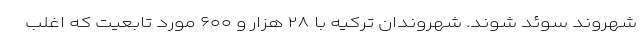
شهروند سوئد شوند. شهروندان ترکیه با ۲۸ هزار و ۶۰۰ مورد تابعیت که اغلب